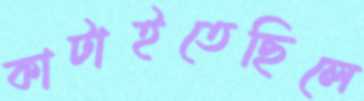
কাটাইতেছিলে